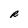
Character: R